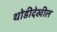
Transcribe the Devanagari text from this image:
थोडीदेखील